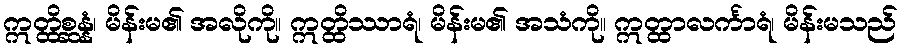
ဣတ္ထိစ္ဆန္နံ၊ မိန်းမ၏ အလိုကို။ ဣတ္ထိဿာရံ၊ မိန်းမ၏ အသံကို။ ဣတ္ထာလင်္ကာရံ၊ မိန်းမသည်